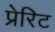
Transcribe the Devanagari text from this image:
प्रेरिट